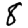
Digit: 8